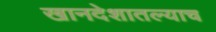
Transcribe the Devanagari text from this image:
खानदेशातल्याच